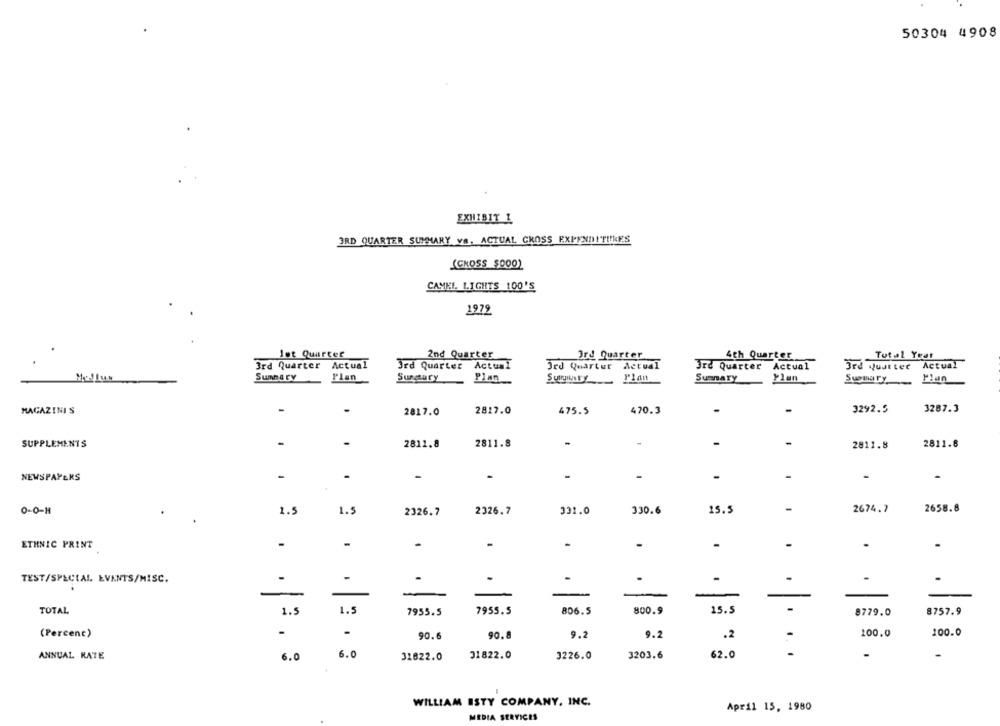
50304 4908
EXHIBIT 1
3RD QUARTER SUMMARY va, ACTUAL CROSS EXPENDITURES
(CROSS $000)
CAMEL. LIGHTS 100'S
1979
let Quarter
2nd Quarter
Ord Quarter
4th Quarter
Total Year
3rd Quarter Actual
3rd Quarter Actual
3rd Quarter Actual
Jrd Quarter Actual
3rd Quarter Actual
Summary
Plan
Summary
Ylan
Summary
Sungary
Plan
Plan
MAGAZINIS
-
2817.0
2817.0
475.5
470.3
3292.5
3287.3
2811.8
-
-
-
SUPPLEMENTS
2811.8
2811.8
2811.8
NEWSPAPERS
-
-
2674.7
2658.8
0-0-11
1.5
1.5
2326.7
2326.7
331.0
330.6
15.5
ETHNIC PRINT
.
.
.
.
.
TEST/SPECIAL EVENTS/MISC.
.
-
.
.
.
.
-
-
-
-
TOTAL
1.5
800.9
15.5
1.5
7955.5
7955.5
806.5
8779.0
8757.9
-
100.0
100.0
(Percent)
90.6
90.8
9.2
9.2
.2
6.0
31822.0
ANNUAL RATE
6.0
31822.0
3226.0
3203.6
62.0
-
WILLIAM ISTY COMPANY, INC.
April 15, 1980
MEDIA SERVICES